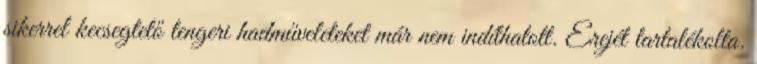
sikerrel kecsegtető tengeri hadműveleteket már nem indíthatott. Erejét tartalékolta.